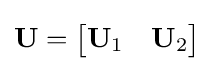
\mathbf {U} ={\begin{bmatrix}\mathbf {U} _{1}&\mathbf {U} _{2}\end{bmatrix}}